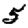
Digit: 5